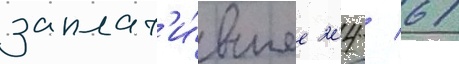
заплат'и́вшее 204 / 61